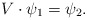
\begin{align*}V\cdot\psi_1=\psi_2.\end{align*}